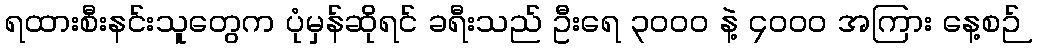
ရထားစီးနင်းသူတွေက ပုံမှန်ဆိုရင် ခရီးသည် ဦးရေ ၃၀၀၀ နဲ့ ၄၀၀၀ အကြား နေ့စဉ်